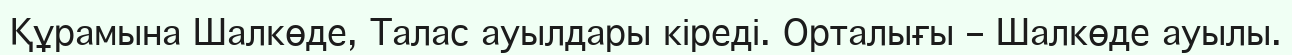
Құрамына Шалкөде, Талас ауылдары кіреді. Орталығы – Шалкөде ауылы.